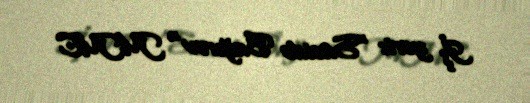
İş yeri: "Sacidə Bağırov" MMC